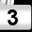
Digit: 3